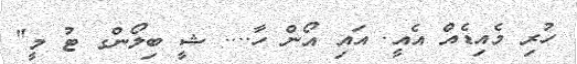
ހުރި މެއިޑެއް އެއީ. އައި އޯން ހާ.... ޝީ ބިލޯންގ ޓު މީ"